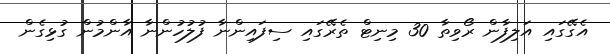
އެގޭގައި އަލިފާން ރޯވިތާ 30 މިނިޓް ތެރޭގައި ސިފައިންނާ ފުލުހުންނާ އާންމުން ގުޅިގެން